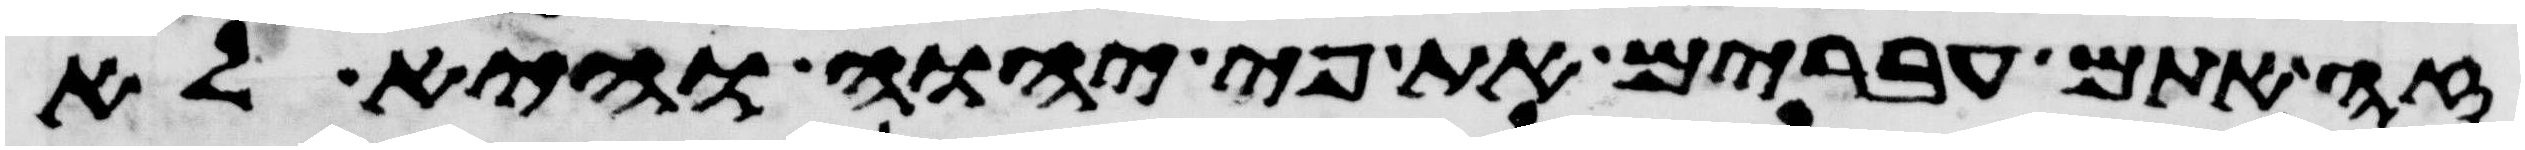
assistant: זה אתם עברים את פי יהוה והיא לא